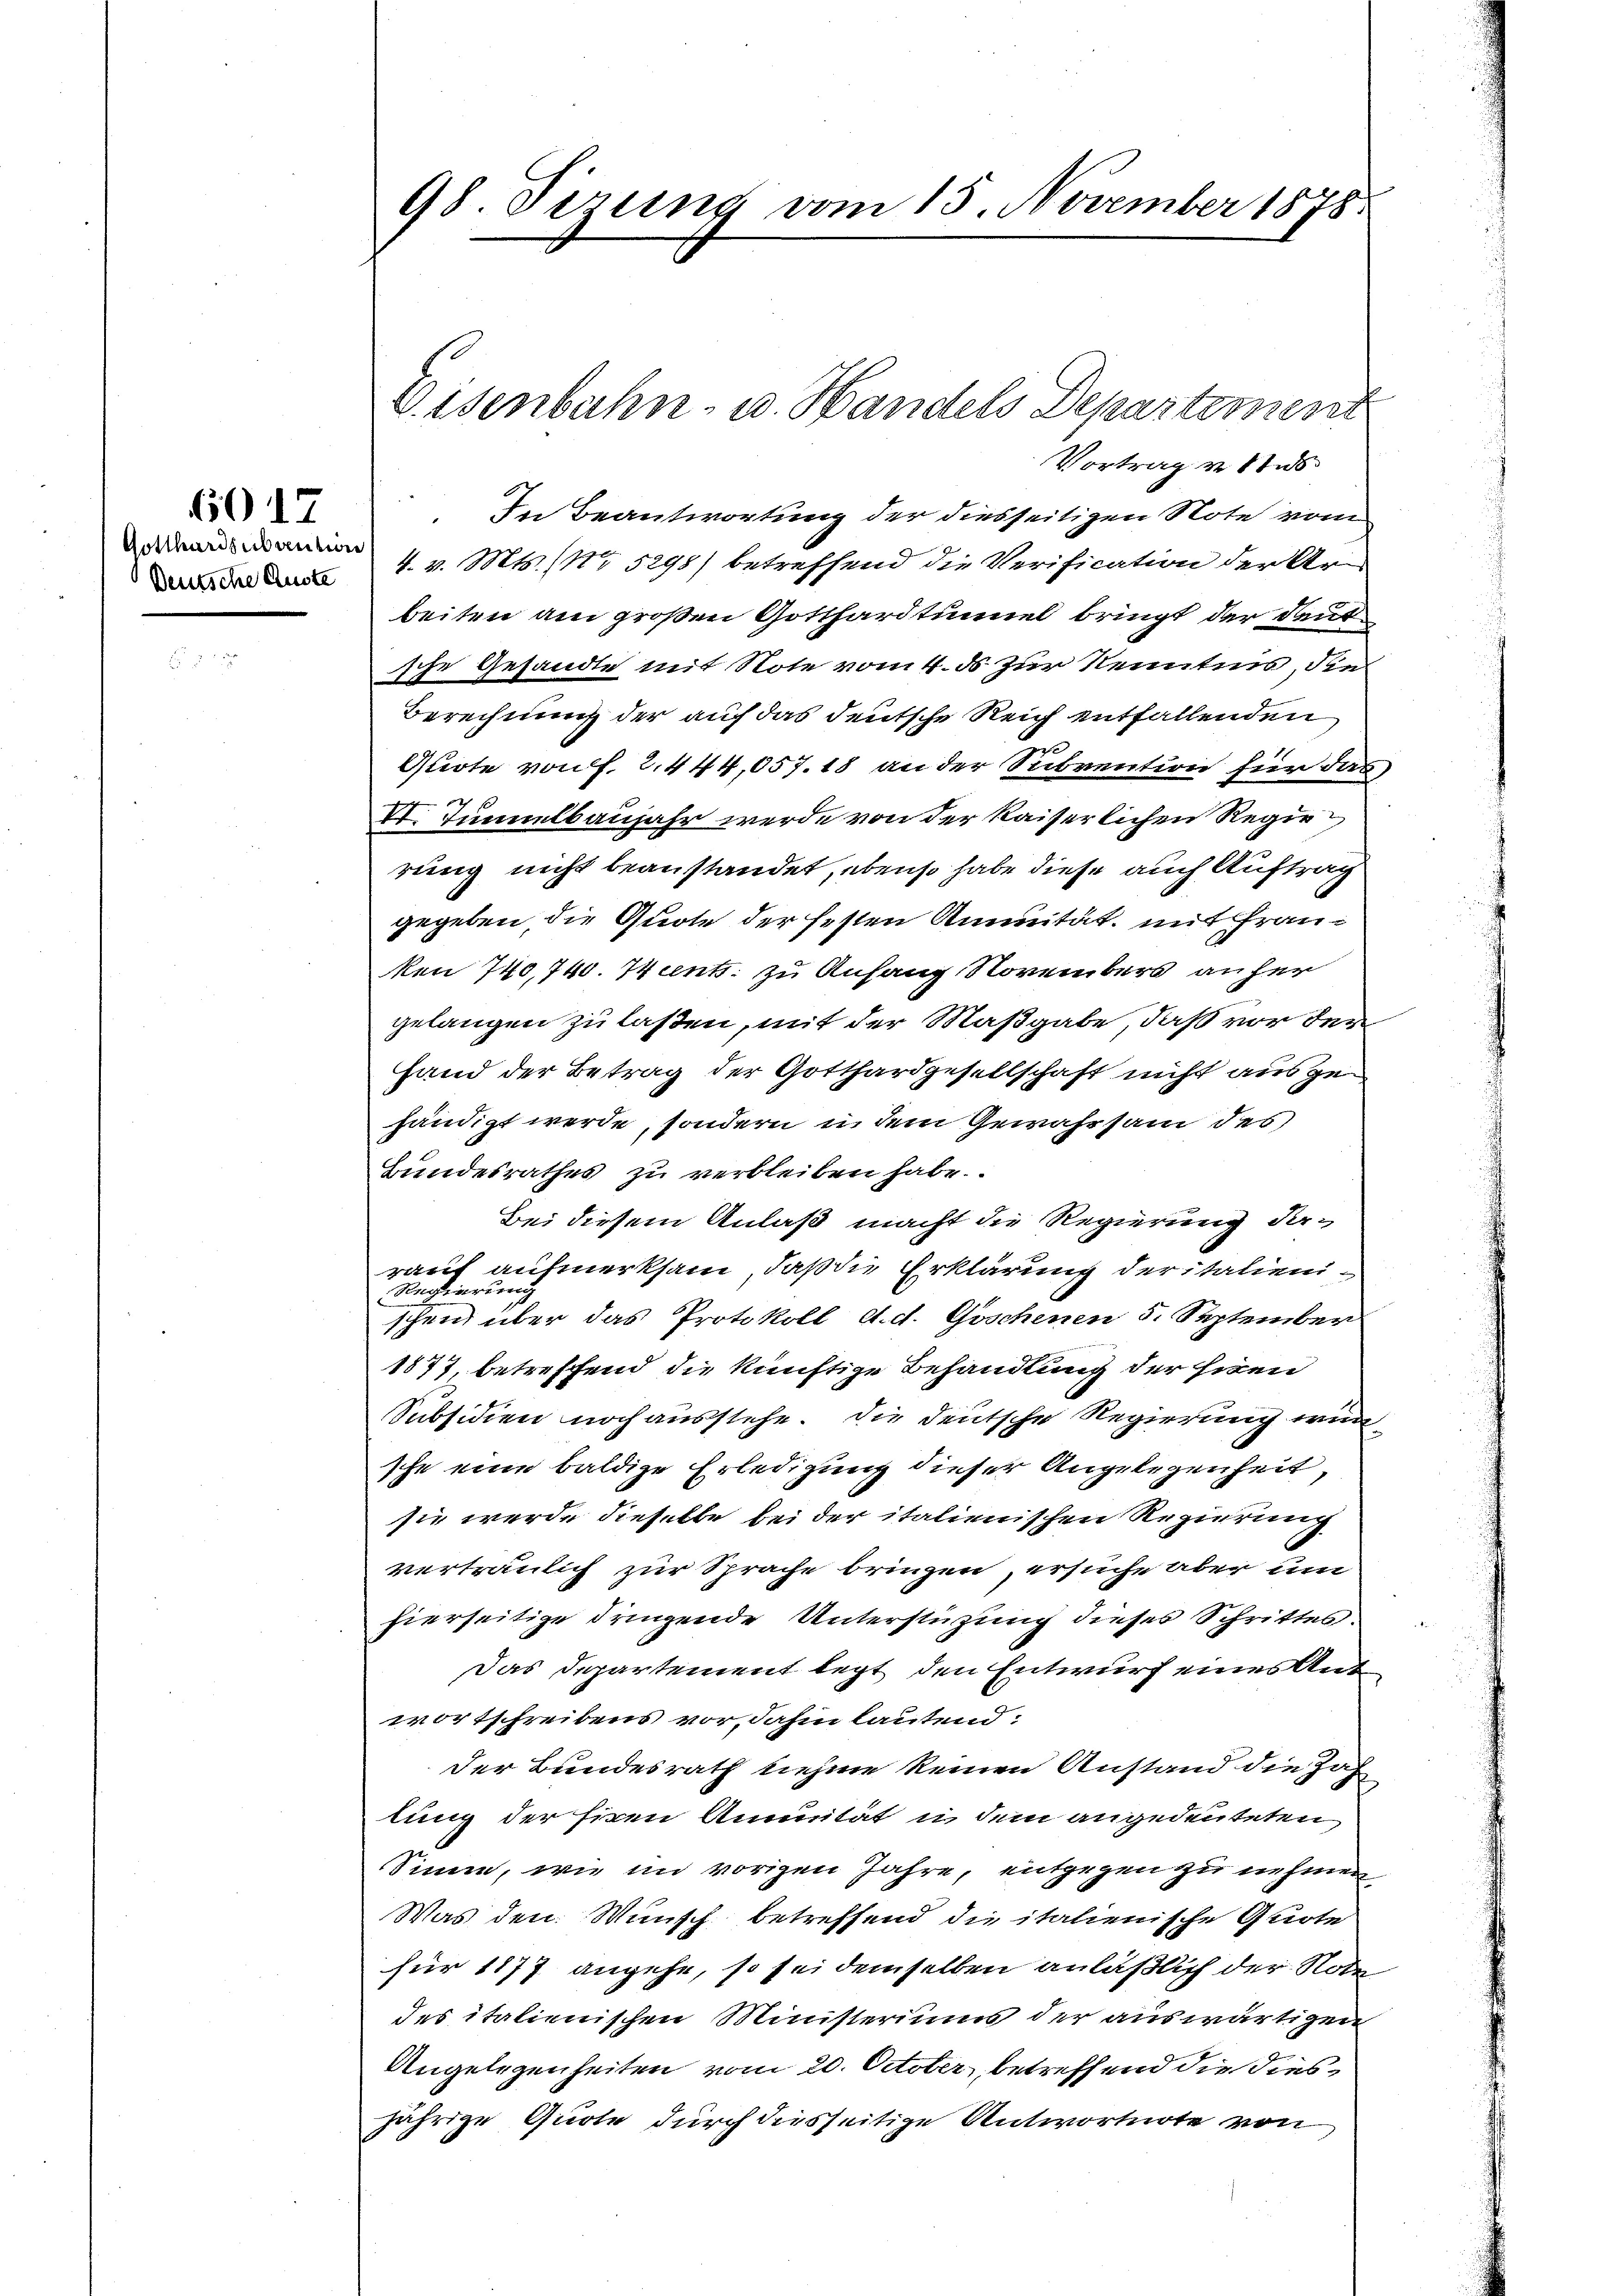
6017
Gotthardsubaution
Deutsche Auste

98 Firung vom 15. November 1878

Vortrag vns
 In Beantwortung der diesseitigen Note vom
4. v. Mts. No 5298) betreffend die Verification der Ar
beiten am großen Gotthardtunnel bringt der deut
sche Gesandte mit Note vom 4. ds zur Kenntnis, die
Berechnung der auf das deutsche Reich entfallenden
Quote von f. 2. 444,057. 18 an der Subvention für das
h
II. Tunnelbaujahr werde von der kaiserlichen Regierung nicht beanstandet, ebenso habe diese auch Auftrag
gegeben, die Quote der festen Aninität, mit Franken 740,740. Wints zu Anfang Novembers anher
gelangen zu laßen, mit der Maßgabe, daß vor den
Hand der Betrag der Gotthardgesellschaft nicht ausgehändigt werde, sondern in dem Gewahrsam des
Bundesrathes zu verbleiben habe.
Bei diesem Anlaß macht die Regierung darauf aufmerksam, daß die Erklärung der italien¬
Regierung
schein über das Protokoll d. d. Göschenen 5. September
1877, betreffend die künftige Behandlung der Eisen
Subsidien noch ausstehe. Die deutsche Regierung wursche eine baldige Erledigung dieser Angelegenheit,
sie werde dieselbe bei der italienischen Regierung
verträulich zur Sprache bringen, ersuche aber um
hierseitige dringende Unterstüzung dieses Schrittes
Das Departement legt, den Entwurf eines Antwortschreibens vor, dahin lautend:
der Bundesrath nehme keinen Anstand die Zah
lung der siren Annuität in dem angedeuteten
Sinne, wie in vorigen Jahre, entgegen zu nehmen.
Was den Wunsch betreffend die italienische Quote
für 1877 angehe, so sei demselben anläßlich der Note
des italienischen Ministeriums der auswärtigen
Angelegenheiten vom 20. October, betreffend die diesjährige Quote durch diesseitige Antwortnote von

Eisenbahn- u. Handels Departement